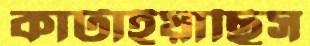
কাটাইয়াছিস